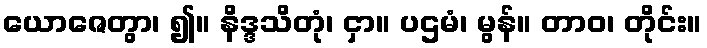
ယောဇေတွာ၊ ၍။ နိဒ္ဒသိတုံ၊ ငှာ။ ပဌမံ၊ မွန်။ တာဝ၊ တိုင်း။